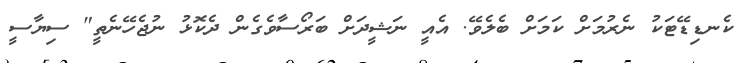
ކެނޑިޑޭޓަކު ނެރުމަށް ކަމަށް ބެލެވޭ. އެއީ ނަޝީދަށް ބަރޯސާވެގެން ދެކޮޅު ނުޖެހޭނެތީ" ސިޔާސީ